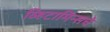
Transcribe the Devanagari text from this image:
व्हिटामिन्‍सचे